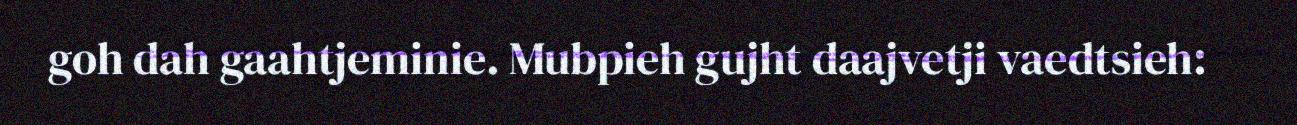
goh dah gaahtjeminie. Mubpieh gujht daajvetji vaedtsieh: